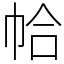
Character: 帢